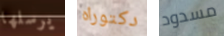
يرسلها دكتوراه مسدود